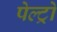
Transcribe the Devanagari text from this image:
पेल्ट्रो